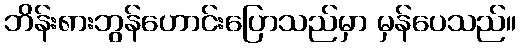
ဘိန်း၈ားဘွန်ဟောင်းပြောသည်မှာ မှန်ပေသည်။